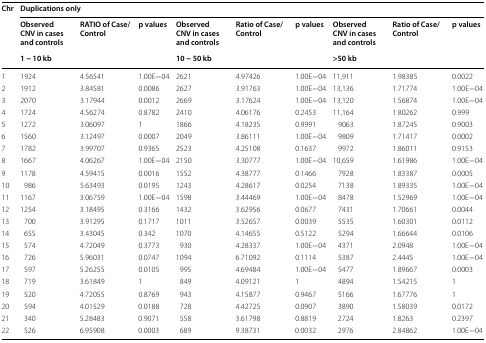
<table><thead><tr><td rowspan="3"><b>Chr</b></td><td colspan="9"><b>Duplications only</b></td></tr><tr><td><b>Observed CNV in cases and controls</b></td><td><b>RATIO of Case/Control</b></td><td><b>p values</b></td><td><b>Observed CNV in cases and controls</b></td><td><b>Ratio of Case/Control</b></td><td><b>p values</b></td><td><b>Observed CNV in cases and controls</b></td><td><b>Ratio of Case/Control</b></td><td><b>p values</b></td></tr><tr><td colspan="3"><b>1 ~ 10 kb</b></td><td colspan="3"><b>10 ~ 50 kb</b></td><td colspan="3"><b>&gt;50 kb</b></td></tr></thead><tbody><tr><td>1</td><td>1924</td><td>4.56541</td><td>1.00E−04</td><td>2621</td><td>4.97426</td><td>1.00E−04</td><td>11,911</td><td>1.98385</td><td>0.0022</td></tr><tr><td>2</td><td>1912</td><td>3.84581</td><td>0.0086</td><td>2627</td><td>3.91763</td><td>1.00E−04</td><td>13,136</td><td>1.71774</td><td>1.00E−04</td></tr><tr><td>3</td><td>2070</td><td>3.17944</td><td>0.0012</td><td>2669</td><td>3.17624</td><td>1.00E−04</td><td>13,120</td><td>1.56874</td><td>1.00E−04</td></tr><tr><td>4</td><td>1724</td><td>4.56274</td><td>0.8782</td><td>2410</td><td>4.06176</td><td>0.2453</td><td>11,164</td><td>1.80262</td><td>0.999</td></tr><tr><td>5</td><td>1272</td><td>3.06097</td><td>1</td><td>1866</td><td>4.18235</td><td>0.9991</td><td>9063</td><td>1.87245</td><td>0.9003</td></tr><tr><td>6</td><td>1560</td><td>3.12497</td><td>0.0007</td><td>2049</td><td>3.86111</td><td>1.00E−04</td><td>9809</td><td>1.71417</td><td>0.0002</td></tr><tr><td>7</td><td>1782</td><td>3.99707</td><td>0.9365</td><td>2523</td><td>4.25108</td><td>0.1637</td><td>9972</td><td>1.86011</td><td>0.9153</td></tr><tr><td>8</td><td>1667</td><td>4.06267</td><td>1.00E−04</td><td>2150</td><td>3.30777</td><td>1.00E−04</td><td>10,659</td><td>1.61986</td><td>1.00E−04</td></tr><tr><td>9</td><td>1178</td><td>4.59415</td><td>0.0016</td><td>1552</td><td>4.38777</td><td>0.1466</td><td>7928</td><td>1.83387</td><td>0.0005</td></tr><tr><td>10</td><td>986</td><td>5.63493</td><td>0.0195</td><td>1243</td><td>4.28617</td><td>0.0254</td><td>7138</td><td>1.89335</td><td>1.00E−04</td></tr><tr><td>11</td><td>1167</td><td>3.06759</td><td>1.00E−04</td><td>1598</td><td>3.44469</td><td>1.00E−04</td><td>8478</td><td>1.52969</td><td>1.00E−04</td></tr><tr><td>12</td><td>1254</td><td>3.18495</td><td>0.3166</td><td>1432</td><td>3.62956</td><td>0.0677</td><td>7431</td><td>1.70661</td><td>0.0044</td></tr><tr><td>13</td><td>700</td><td>3.91295</td><td>0.1717</td><td>1011</td><td>3.52657</td><td>0.0039</td><td>5535</td><td>1.60301</td><td>0.0112</td></tr><tr><td>14</td><td>655</td><td>3.43045</td><td>0.342</td><td>1070</td><td>4.14655</td><td>0.5122</td><td>5294</td><td>1.66644</td><td>0.0106</td></tr><tr><td>15</td><td>574</td><td>4.72049</td><td>0.3773</td><td>930</td><td>4.28337</td><td>1.00E−04</td><td>4371</td><td>2.0948</td><td>1.00E−04</td></tr><tr><td>16</td><td>726</td><td>5.96031</td><td>0.0747</td><td>1094</td><td>6.71092</td><td>0.1114</td><td>5387</td><td>2.4445</td><td>1.00E−04</td></tr><tr><td>17</td><td>597</td><td>5.26255</td><td>0.0105</td><td>995</td><td>4.69484</td><td>1.00E−04</td><td>5477</td><td>1.89667</td><td>0.0003</td></tr><tr><td>18</td><td>719</td><td>3.61849</td><td>1</td><td>849</td><td>4.09121</td><td>1</td><td>4894</td><td>1.54215</td><td>1</td></tr><tr><td>19</td><td>520</td><td>4.72055</td><td>0.8769</td><td>943</td><td>4.15877</td><td>0.9467</td><td>5166</td><td>1.67776</td><td>1</td></tr><tr><td>20</td><td>594</td><td>4.01529</td><td>0.0188</td><td>728</td><td>4.42725</td><td>0.0907</td><td>3890</td><td>1.58039</td><td>0.0172</td></tr><tr><td>21</td><td>340</td><td>5.28483</td><td>0.9071</td><td>558</td><td>3.61798</td><td>0.8819</td><td>2724</td><td>1.8263</td><td>0.2397</td></tr><tr><td>22</td><td>526</td><td>6.95908</td><td>0.0003</td><td>689</td><td>9.38731</td><td>0.0032</td><td>2976</td><td>2.84862</td><td>1.00E−04</td></tr></tbody></table>